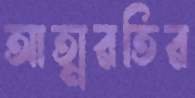
আত্মরতির